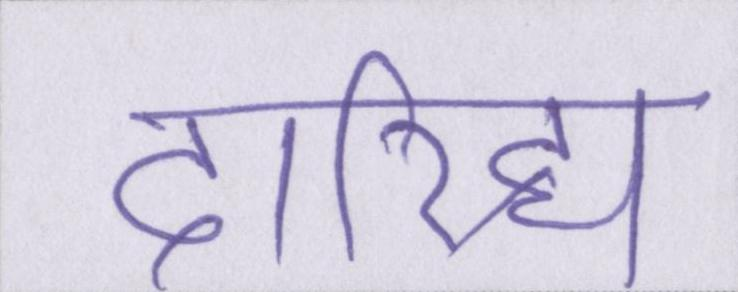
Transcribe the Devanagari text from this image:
दारिद्र्य